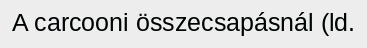
A carcooni összecsapásnál (ld.